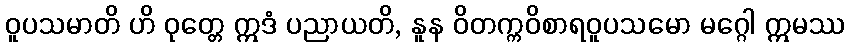
ဝူပသမာတိ ဟိ ဝုတ္တေ ဣဒံ ပညာယတိ, နူန ဝိတက္ကဝိစာရဝူပသမော မဂ္ဂေါ ဣမဿ